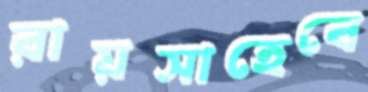
রায়সাহেবে